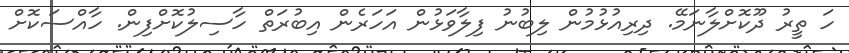
ހަ ތީރު ދޫކޮށްލާނަމޭ. ދިރިއުޅުމުން ލިބުނު ފިލާވަޅުން އަހަރެން އިބުރަތް ހާސިލުކޮށްފިން. ހާއްސަކޮށް